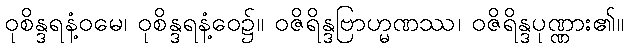
ဝုစိန္ဒရနံ့ဝမေ၊ ဝုစိန္ဒရနံ့ဝေ၌။ ဝဇိရိန္ဒဗြာဟ္မဏဿ၊ ဝဇိရိန္ဒပုဏ္ဏား၏။